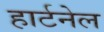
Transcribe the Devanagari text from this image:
हार्टनेल